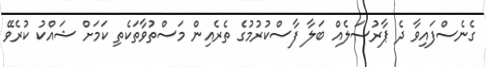
ގެނެސްފައިވާ ދެ ޕާރުސަލެއް ބަލާ ފާސްކުރުމުގެ ތެރެއިން މަސްތުވާތަކެތި ކަމަށް ޝައްކު ކުރެވޭ